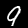
Label: 9